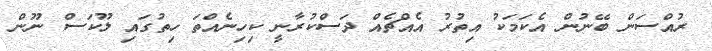
ރުއްސަން ބޭނުން އެކަމަކު އިތުރު އެއްޗެއް ދަސްކުރާނީ ކިހިނެއްތަ ހިތުގައި ލޫކަސް ނޫން